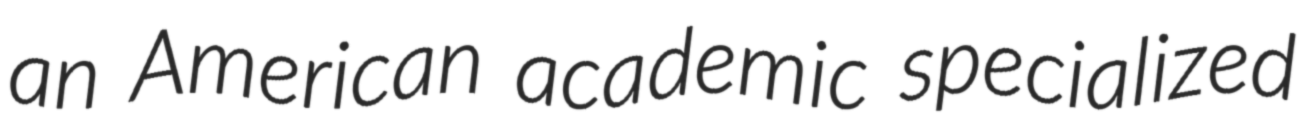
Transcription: an American academic specialized